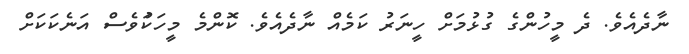
ނާދެއެވެ. ދެ މީހުންގެ ގުޅުމަށް ހީނަރު ކަމެއް ނާދެއެވެ. ކޮންމެ މީހަކަުވެސް އަނެކަކަށް